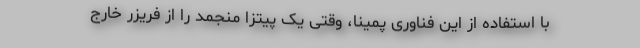
با استفاده از این فناوری پمینا، وقتی یک پیتزا منجمد را از فریزر خارج